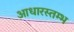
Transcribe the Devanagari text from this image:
आधारस्तम्भ